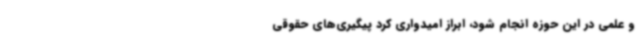
و علمی در این حوزه انجام شود، ابراز امیدواری کرد پیگیری‌های حقوقی